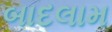
બાદલામ